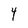
Character: 4